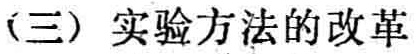
（三）实验方法的改革